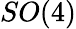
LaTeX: SO(4)